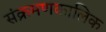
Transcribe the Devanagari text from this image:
संक्रमणकालिक